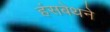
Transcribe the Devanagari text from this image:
हंसबेथने